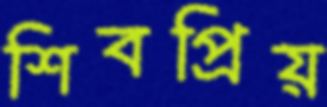
শিবপ্রিয়